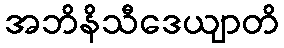
အဘိနိသီဒေယျာတိ